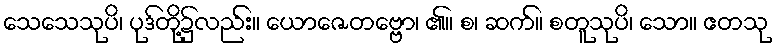
သေသေသုပိ၊ ပုဒ်တို့၌လည်း။ ယောဇေတဗ္ဗော၊ ၏။ စ၊ ဆက်။ စတူသုပိ၊ သော။ ဧတသု